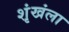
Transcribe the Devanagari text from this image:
शृंखंला